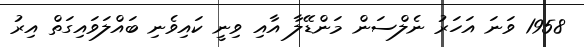
1958 ވަނަ އަހަރު ނެލްސަން މަންޑޭލާ އާއި ވިނީ ކައިވެނި ބައްލަވައިގަތް އިރު